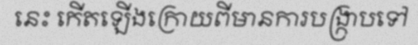
នេះ កើតឡើងក្រោយពីមានការបង្ក្រាបទៅ